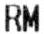
RM